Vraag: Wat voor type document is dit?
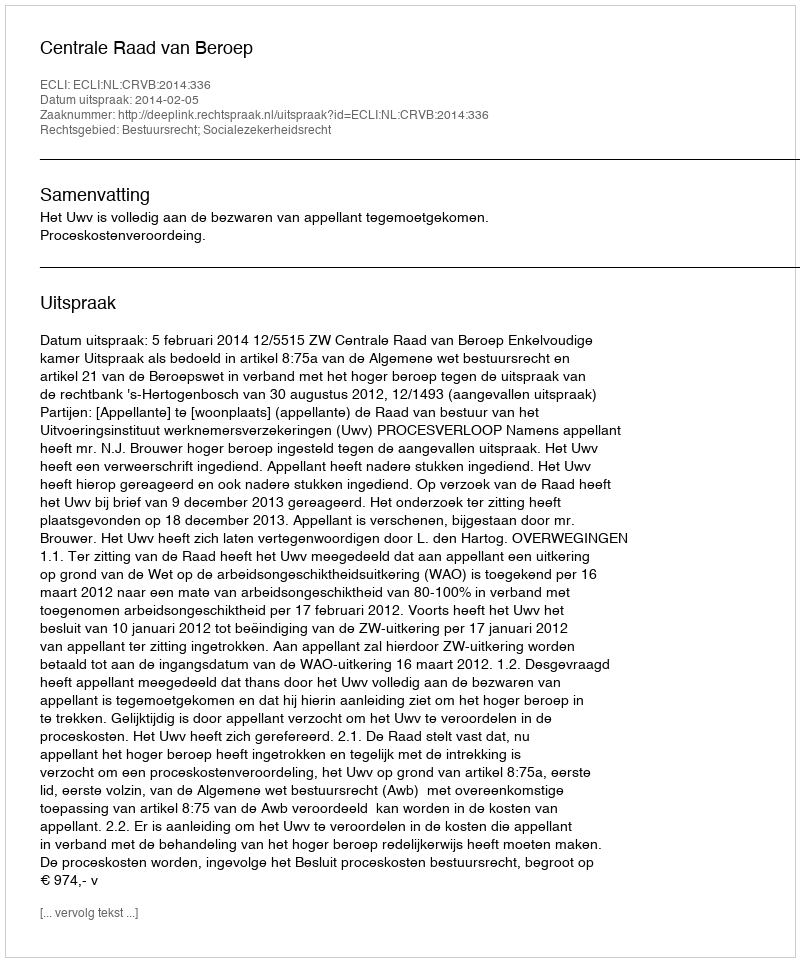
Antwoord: Uitspraak